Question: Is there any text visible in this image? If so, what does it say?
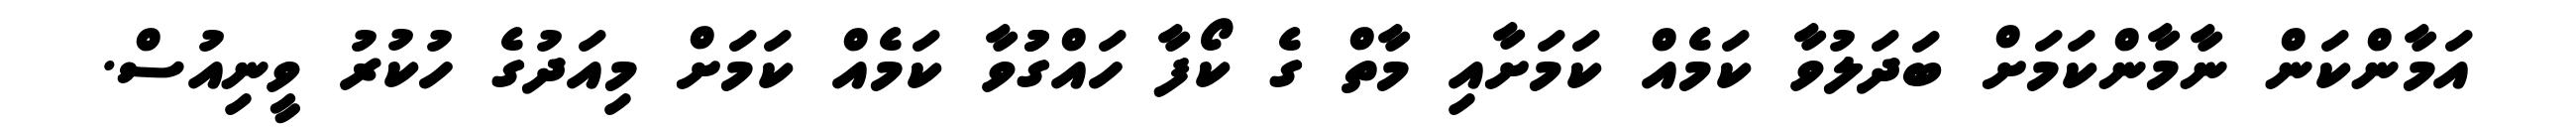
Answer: އަމާންކަން ނާމާންކަމަށް ބަދަލުވާ ކަމެއް ކަމަށާއި މާތް ގެ ކޯފާ ހައްގުުވާ ކަމެއް ކަމަށް މިއަދުގެ ހުކުރު ވީނިއުސް.